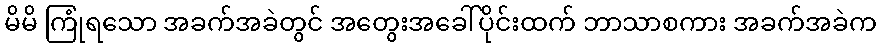
မိမိ ကြုံရသော အခက်အခဲတွင် အတွေးအခေါ်ပိုင်းထက် ဘာသာစကား အခက်အခဲက